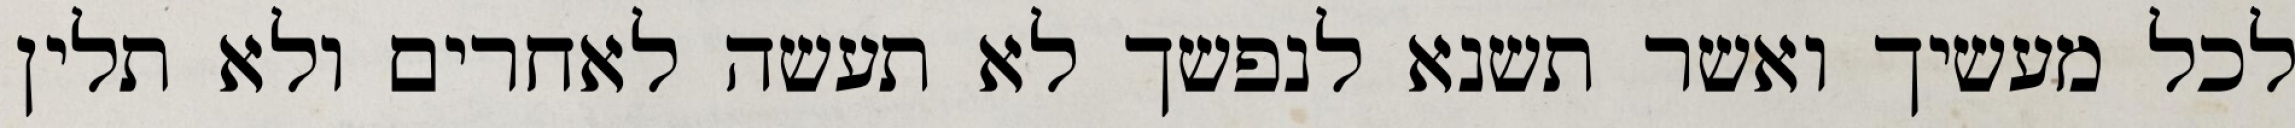
לכל מעשיך ואשר תשנא לנפשך לא תעשה לאחרים ולא תלין